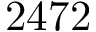
2 4 7 2